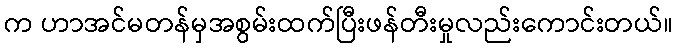
က ဟာအင်မတန်မှအစွမ်းထက်ပြီးဖန်တီးမှုလည်းကောင်းတယ်။